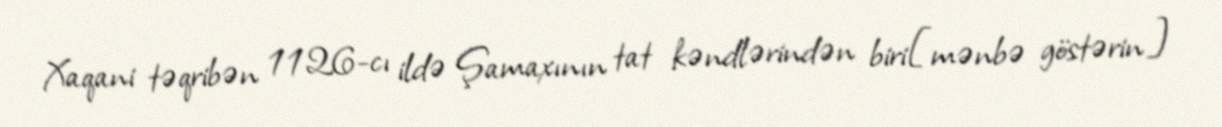
Xaqani təqribən 1126-cı ildə Şamaxının tat kəndlərindən biri[mənbə göstərin]